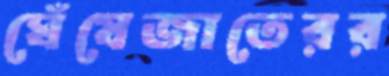
ঘেঁষেজাতেরর